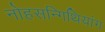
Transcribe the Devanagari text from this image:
नोहसन्गिथियांग